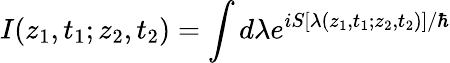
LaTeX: I(z_{1},t_{1};z_{2},t_{2})=\int d\lambda e^{iS[\lambda(z_{1},t_{1};z_{2},t_{2})]/\hbar}